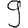
Digit: 9